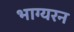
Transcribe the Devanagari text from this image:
भाग्यरन